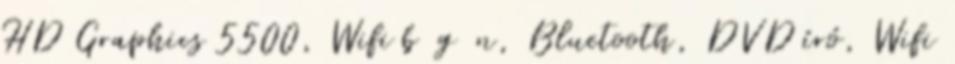
HD Graphics 5500, Wifi b g n, Bluetooth, DVD író, Wifi